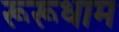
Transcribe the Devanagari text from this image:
रूरूधाम